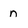
Character: n